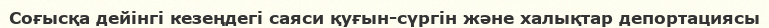
Соғысқа дейінгі кезеңдегі саяси қуғын-сүргін және халықтар депортациясы